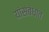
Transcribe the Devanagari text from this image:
यांसंबंधांत